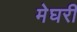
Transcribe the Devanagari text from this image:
मेघरी